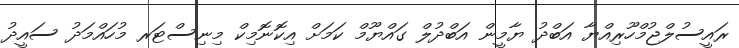
ރައީސުލްޖުމްހޫރިއްޔާ އަބްދު ޔާމީން އަބްދުލް ގައްޔޫމް ކަމަށް އިކޮނޮމިކް މިނިސްޓަރ މުހައްމަދު ސައީދު